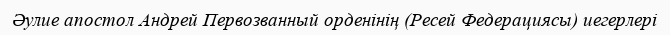
Әулие апостол Андрей Первозванный орденінің (Ресей Федерациясы) иегерлері